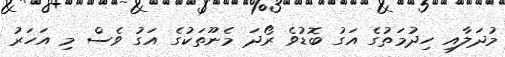
މުދަލާއި ހިދުމަތުގެ އަގު ބޮޑުވެ ރޯދަ މެނޫތަކުގެ އަގު ވެސް މި އަހަރު